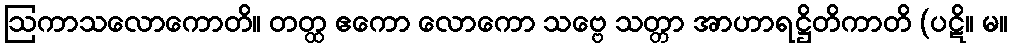
ဩကာသလောကောတိ။ တတ္ထ ဧကော လောကော သဗ္ဗေ သတ္တာ အာဟာရဋ္ဌိတိကာတိ (ပဋိ။ မ။